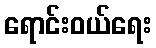
ရောင်းဝယ်ရေး